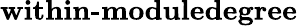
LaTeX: \textbf{within-moduledegree}